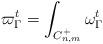
LaTeX: \begin{align*}\varpi_\Gamma^t&=\int_{C_{n,m}^+}\omega_\Gamma^t \end{align*}